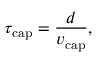
\tau _ { \mathrm { { c a p } } } = \frac { d } { v _ { \mathrm { { c a p } } } } ,